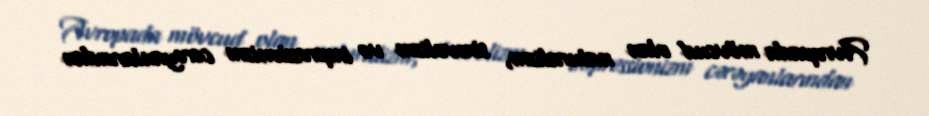
Avropada mövcud olan naturalizm, simvolizm və impressionizm cərəyanlarından